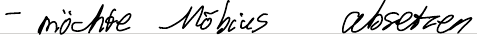
- möchte Möbius absetzen